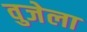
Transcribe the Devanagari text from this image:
वुजेला